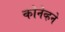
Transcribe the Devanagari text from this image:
कोनेव्हने